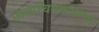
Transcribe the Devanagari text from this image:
छायाचित्रकारिता